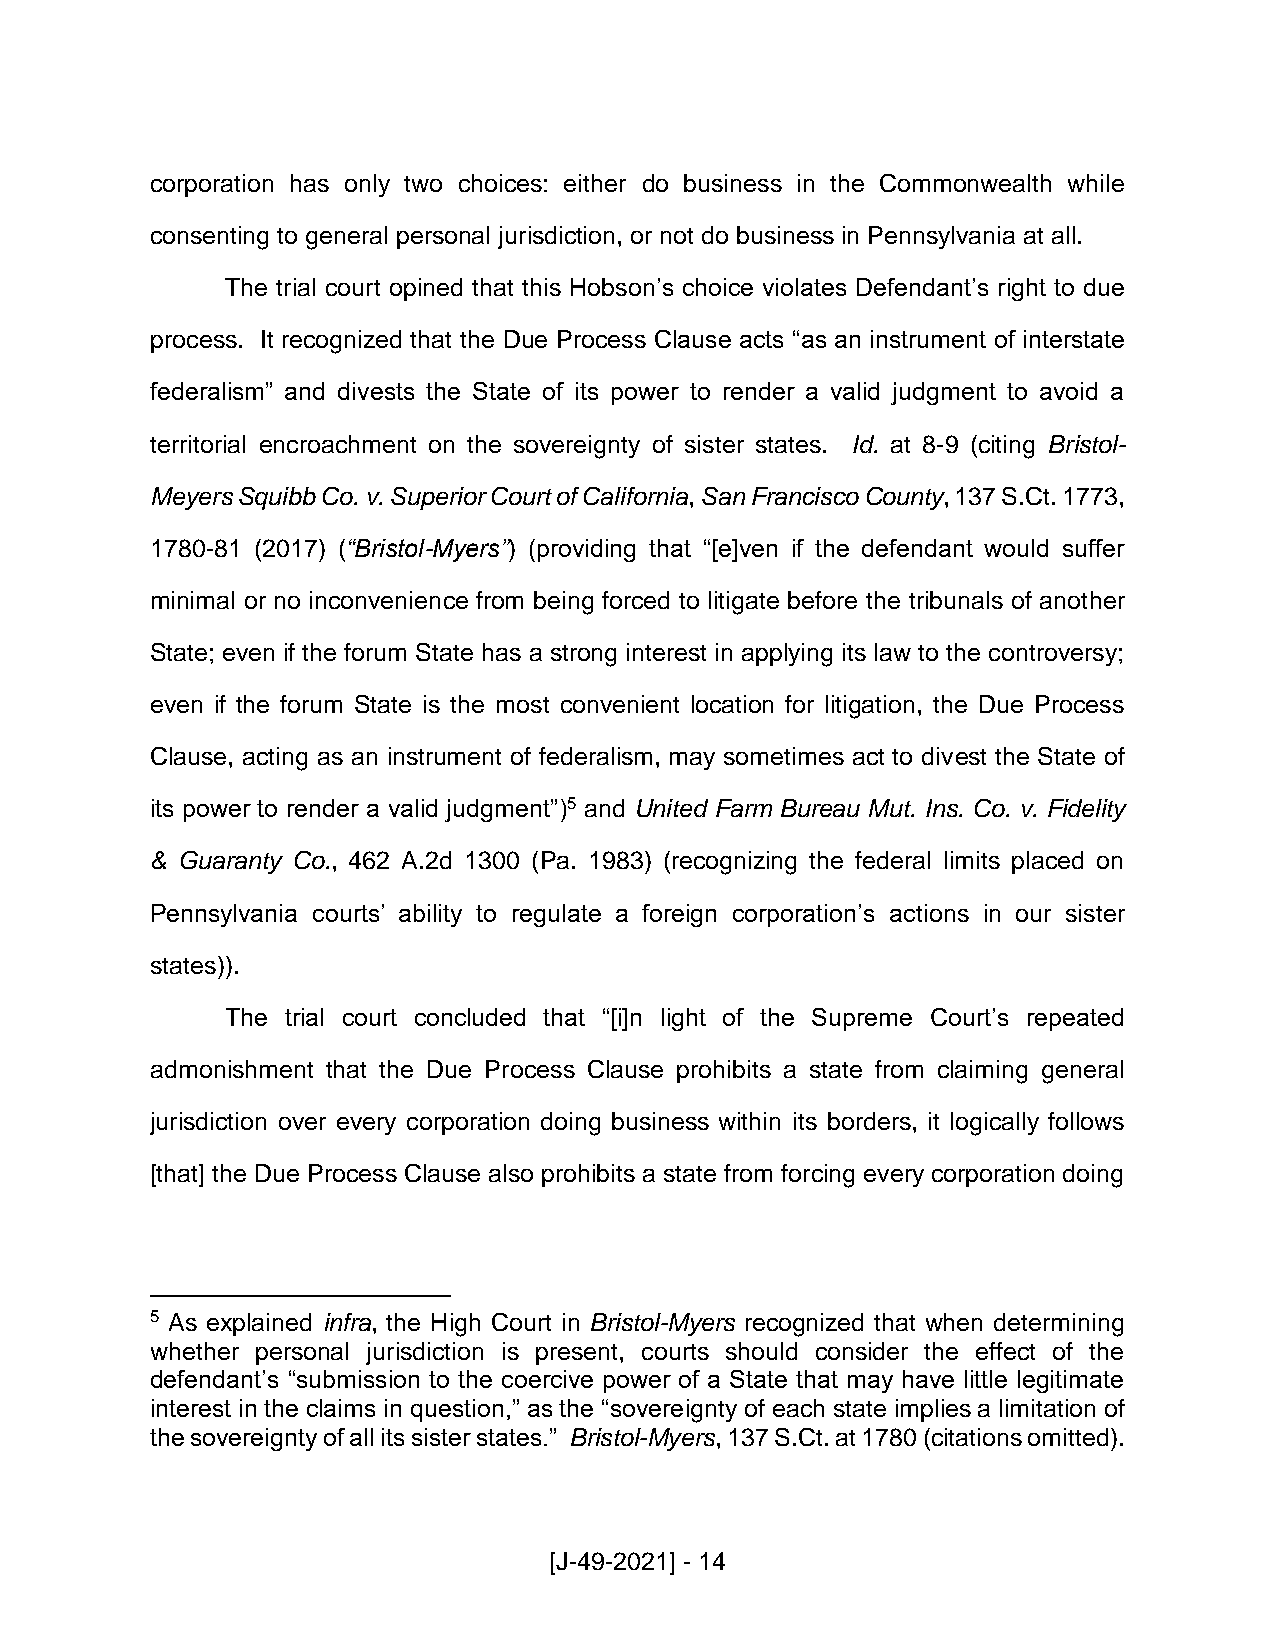
corporation has only two choices: either do business in the Commonwealth while
 consenting to general personal jurisdiction, or not do business in Pennsylvania at all.
 The trial court opined that this Hobson’s choice violates Defendant’s right to due
 process. It recognized that the Due Process Clause acts “as an instrument of interstate
 federalism” and divests the State of its power to render a valid judgment to avoid a
 territorial encroachment on the sovereignty of sister states. Id. at 8-9 (citing Bristol-
 Meyers Squibb Co. v. Superior Court of California, San Francisco County, 137 S.Ct. 1773,
 1780-81 (2017) (“Bristol-Myers”) (providing that “[e]ven if the defendant would suffer
 minimal or no inconvenience from being forced to litigate before the tribunals of another
 State; even if the forum State has a strong interest in applying its law to the controversy;
 even if the forum State is the most convenient location for litigation, the Due Process
 Clause, acting as an instrument of federalism, may sometimes act to divest the State of
 its power to render a valid judgment”)5 and United Farm Bureau Mut. Ins. Co. v. Fidelity
 & Guaranty Co., 462 A.2d 1300 (Pa. 1983) (recognizing the federal limits placed on
 Pennsylvania courts’ ability to regulate a foreign corporation’s actions in our sister
 states)).
 The trial court concluded that “[i]n light of the Supreme Court’s repeated
 admonishment that the Due Process Clause prohibits a state from claiming general
 jurisdiction over every corporation doing business within its borders, it logically follows
 [that] the Due Process Clause also prohibits a state from forcing every corporation doing
 5 As explained infra, the High Court in Bristol-Myers recognized that when determining
 whether personal jurisdiction is present, courts should consider the effect of the
 defendant’s “submission to the coercive power of a State that may have little legitimate
 interest in the claims in question,” as the “sovereignty of each state implies a limitation of
 the sovereignty of all its sister states.” Bristol-Myers, 137 S.Ct. at 1780 (citations omitted).
 [J-49-2021] - 14